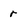
Character: r